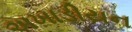
અખાડીયન